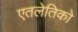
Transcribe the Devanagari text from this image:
एतलेतिको